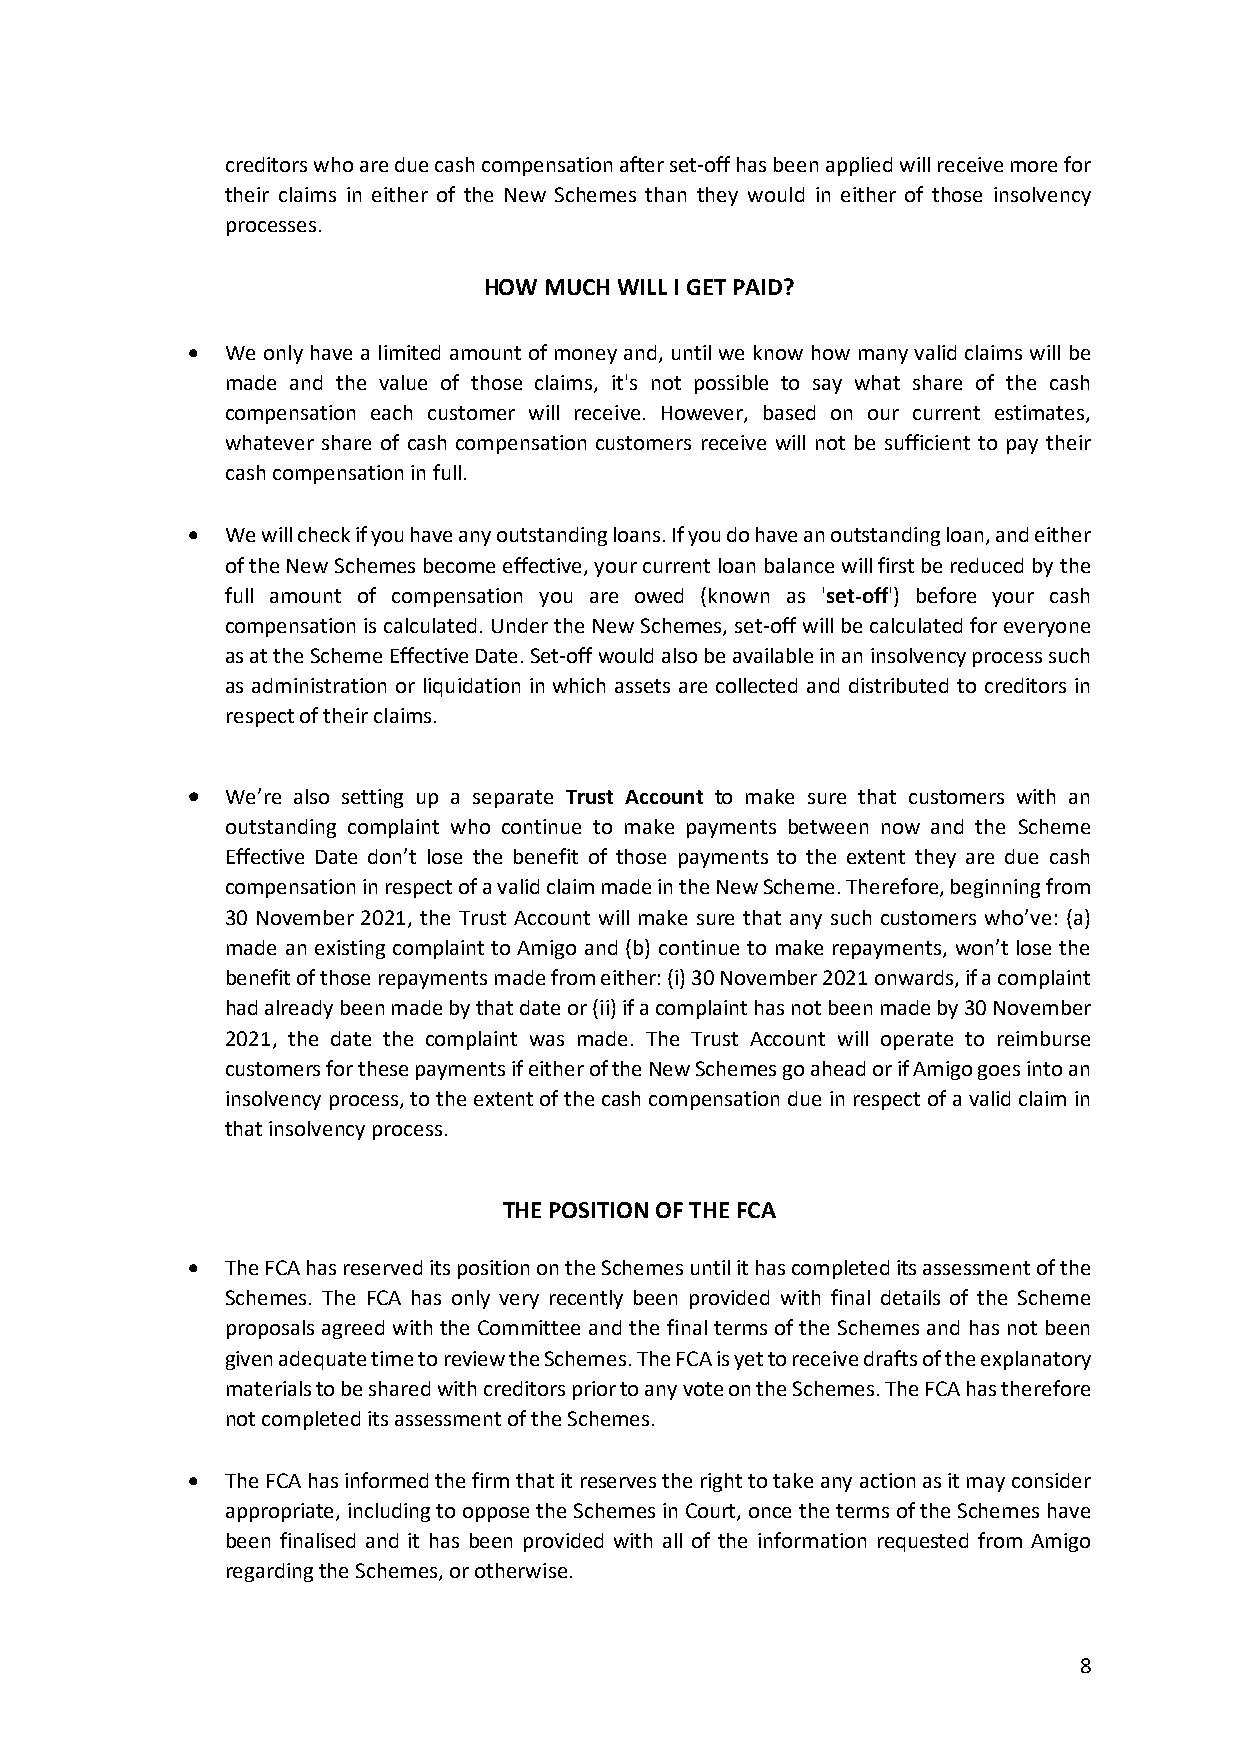
creditors who are due cash compensation after set-off has been applied will receive more for
 their claims in either of the New Schemes than they would in either of those insolvency
 processes.
 HOW MUCH WILL I GET PAID?
   We only have a limited amount of money and, until we know how many valid claims will be
 made and the value of those claims, it's not possible to say what share of the cash
 compensation each customer will receive. However, based on our current estimates,
 whatever share of cash compensation customers receive will not be sufficient to pay their
 cash compensation in full.
   We will check if you have any outstanding loans. If you do have an outstanding loan, and either
 of the New Schemes become effective, your current loan balance will first be reduced by the
 full amount of compensation you are owed (known as 'set-off') before your cash
 compensation is calculated. Under the New Schemes, set-off will be calculated for everyone
 as at the Scheme Effective Date. Set-off would also be available in an insolvency process such
 as administration or liquidation in which assets are collected and distributed to creditors in
 respect of their claims.
   We’re also setting up a separate Trust Account to make sure that customers with an
 outstanding complaint who continue to make payments between now and the Scheme
 Effective Date don’t lose the benefit of those payments to the extent they are due cash
 compensation in respect of a valid claim made in the New Scheme. Therefore, beginning from
 30 November 2021, the Trust Account will make sure that any such customers who’ve: (a)
 made an existing complaint to Amigo and (b) continue to make repayments, won’t lose the
 benefit of those repayments made from either: (i) 30 November 2021 onwards, if a complaint
 had already been made by that date or (ii) if a complaint has not been made by 30 November
 2021, the date the complaint was made. The Trust Account will operate to reimburse
 customers for these payments if either of the New Schemes go ahead or if Amigo goes into an
 insolvency process, to the extent of the cash compensation due in respect of a valid claim in
 that insolvency process.
 THE POSITION OF THE FCA
   The FCA has reserved its position on the Schemes until it has completed its assessment of the
 Schemes. The FCA has only very recently been provided with final details of the Scheme
 proposals agreed with the Committee and the final terms of the Schemes and has not been
 given adequate time to review the Schemes. The FCA is yet to receive drafts of the explanatory
 materials to be shared with creditors prior to any vote on the Schemes. The FCA has therefore
 not completed its assessment of the Schemes.
   The FCA has informed the firm that it reserves the right to take any action as it may consider
 appropriate, including to oppose the Schemes in Court, once the terms of the Schemes have
 been finalised and it has been provided with all of the information requested from Amigo
 regarding the Schemes, or otherwise.
 8